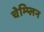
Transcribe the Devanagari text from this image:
चेम्प्लिन